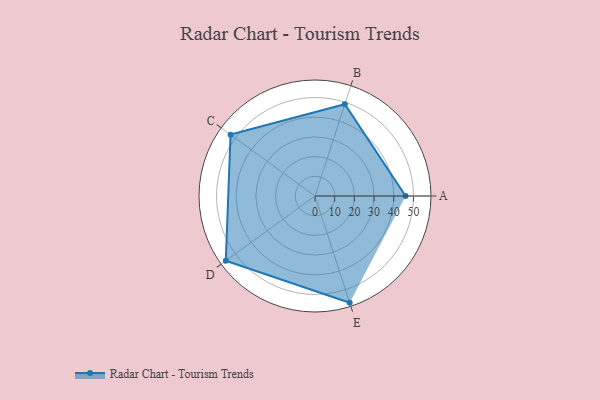
{"axis": {"x": "Skill", "y": "Score"}, "legend": ["Profile"], "data": [{"x": "A", "y": 46.0, "type": "Profile"}, {"x": "B", "y": 49.0, "type": "Profile"}, {"x": "C", "y": 53.0, "type": "Profile"}, {"x": "D", "y": 56.0, "type": "Profile"}, {"x": "E", "y": 57.0, "type": "Profile"}]}